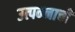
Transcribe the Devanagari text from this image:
उत्पन्‍नाची